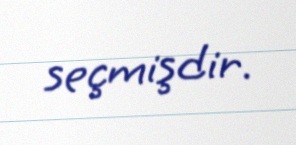
seçmişdir.